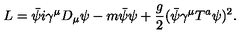
L = \bar { \psi } i \gamma ^ { \mu } D _ { \mu } \psi - m \bar { \psi } \psi + { \frac { g } { 2 } } ( \bar { \psi } \gamma ^ { \mu } T ^ { a } \psi ) ^ { 2 } .